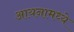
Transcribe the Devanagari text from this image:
आयनामध्ये